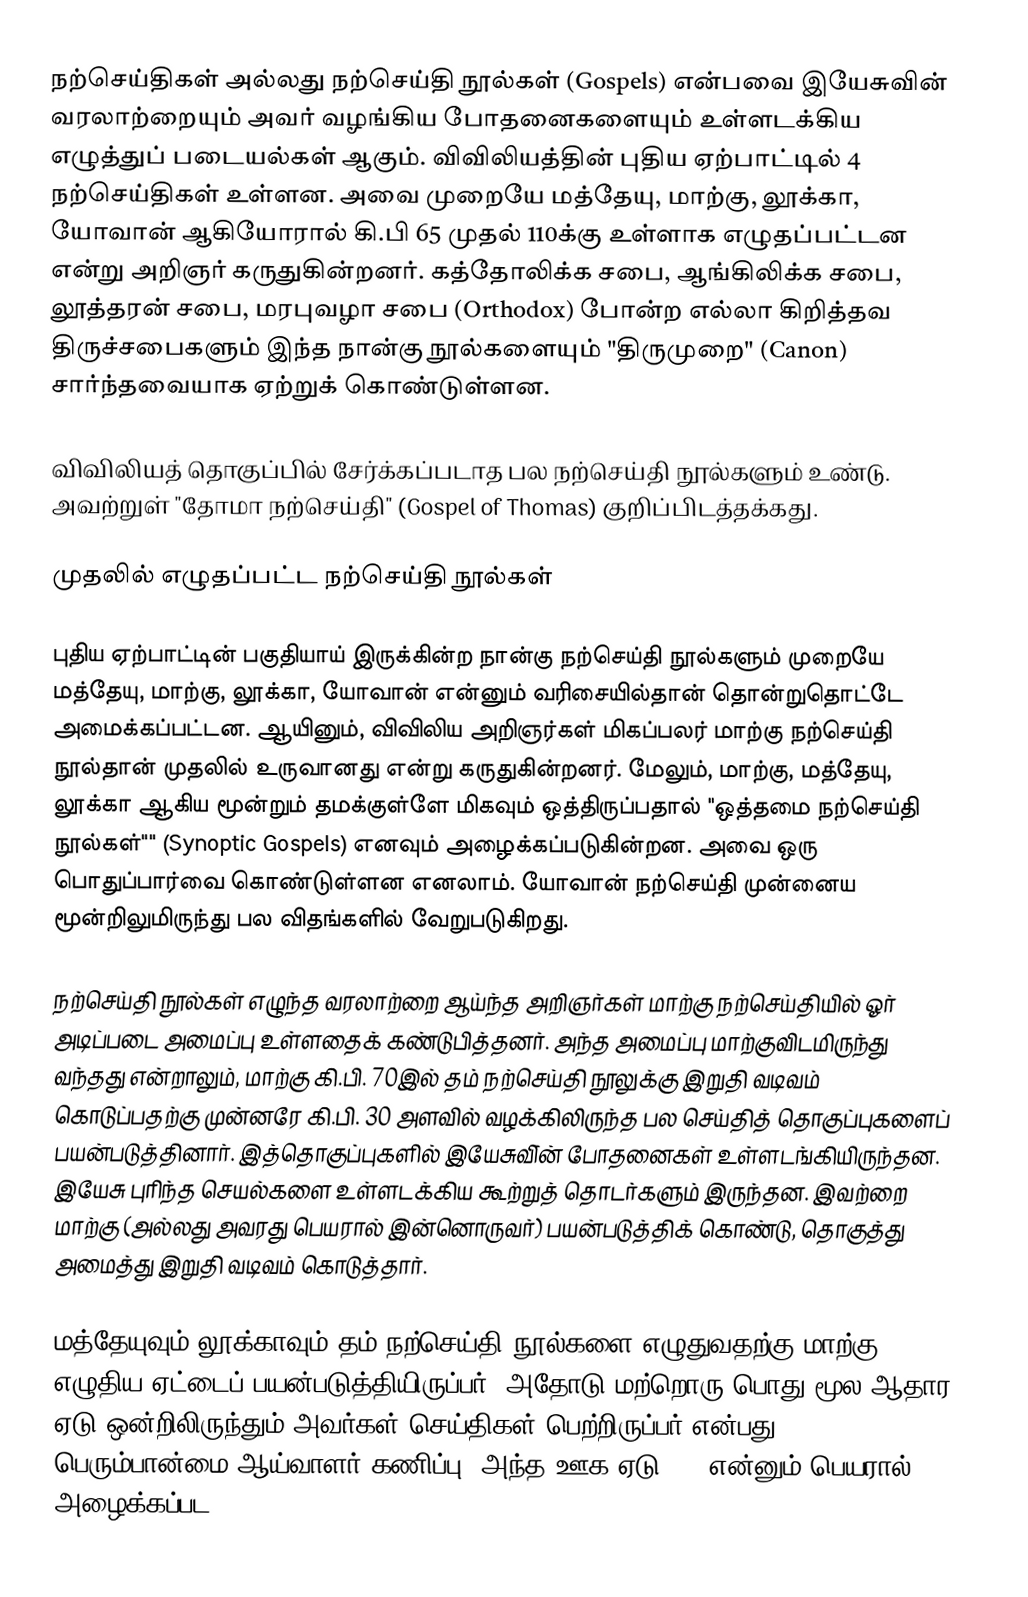
நற்செய்திகள் அல்லது நற்செய்தி நூல்கள் (Gospels) என்பவை இயேசுவின் வரலாற்றையும் அவர் வழங்கிய போதனைகளையும் உள்ளடக்கிய எழுத்துப் படையல்கள் ஆகும். விவிலியத்தின் புதிய ஏற்பாட்டில் 4 நற்செய்திகள் உள்ளன. அவை முறையே மத்தேயு, மாற்கு, லூக்கா, யோவான் ஆகியோரால் கி.பி 65 முதல் 110க்கு உள்ளாக எழுதப்பட்டன என்று அறிஞர் கருதுகின்றனர். கத்தோலிக்க சபை, ஆங்கிலிக்க சபை, லூத்தரன் சபை, மரபுவழா சபை (Orthodox) போன்ற எல்லா கிறித்தவ திருச்சபைகளும் இந்த நான்கு நூல்களையும் "திருமுறை" (Canon) சார்ந்தவையாக ஏற்றுக் கொண்டுள்ளன.

விவிலியத் தொகுப்பில் சேர்க்கப்படாத பல நற்செய்தி நூல்களும் உண்டு. அவற்றுள் "தோமா நற்செய்தி" (Gospel of Thomas) குறிப்பிடத்தக்கது.

முதலில் எழுதப்பட்ட நற்செய்தி நூல்கள்

புதிய ஏற்பாட்டின் பகுதியாய் இருக்கின்ற நான்கு நற்செய்தி நூல்களும் முறையே மத்தேயு, மாற்கு, லூக்கா, யோவான் என்னும் வரிசையில்தான் தொன்றுதொட்டே அமைக்கப்பட்டன. ஆயினும், விவிலிய அறிஞர்கள் மிகப்பலர் மாற்கு நற்செய்தி நூல்தான் முதலில் உருவானது என்று கருதுகின்றனர். மேலும், மாற்கு, மத்தேயு, லூக்கா ஆகிய மூன்றும் தமக்குள்ளே மிகவும் ஒத்திருப்பதால் "ஒத்தமை நற்செய்தி நூல்கள்"" (Synoptic Gospels) எனவும் அழைக்கப்படுகின்றன. அவை ஒரு பொதுப்பார்வை கொண்டுள்ளன எனலாம். யோவான் நற்செய்தி முன்னைய மூன்றிலுமிருந்து பல விதங்களில் வேறுபடுகிறது.

நற்செய்தி நூல்கள் எழுந்த வரலாற்றை ஆய்ந்த அறிஞர்கள் மாற்கு நற்செய்தியில் ஓர் அடிப்படை அமைப்பு உள்ளதைக் கண்டுபித்தனர். அந்த அமைப்பு மாற்குவிடமிருந்து வந்தது என்றாலும், மாற்கு கி.பி. 70இல் தம் நற்செய்தி நூலுக்கு இறுதி வடிவம் கொடுப்பதற்கு முன்னரே கி.பி. 30 அளவில் வழக்கிலிருந்த பல செய்தித் தொகுப்புகளைப் பயன்படுத்தினார். இத்தொகுப்புகளில் இயேசுவி்ன் போதனைகள் உள்ளடங்கியிருந்தன. இயேசு புரிந்த செயல்களை உள்ளடக்கிய கூற்றுத் தொடர்களும் இருந்தன. இவற்றை மாற்கு (அல்லது அவரது பெயரால் இன்னொருவர்) பயன்படுத்திக் கொண்டு, தொகுத்து அமைத்து இறுதி வடிவம் கொடுத்தார்.

மத்தேயுவும் லூக்காவும் தம் நற்செய்தி நூல்களை எழுதுவதற்கு மாற்கு எழுதிய ஏட்டைப் பயன்படுத்தியிருப்பர். அதோடு மற்றொரு பொது மூல ஆதார ஏடு ஒன்றிலிருந்தும் அவர்கள் செய்திகள் பெற்றிருப்பர் என்பது பெரும்பான்மை ஆய்வாளர் கணிப்பு. அந்த ஊக ஏடு "Q" என்னும் பெயரால் அழைக்கப்பட